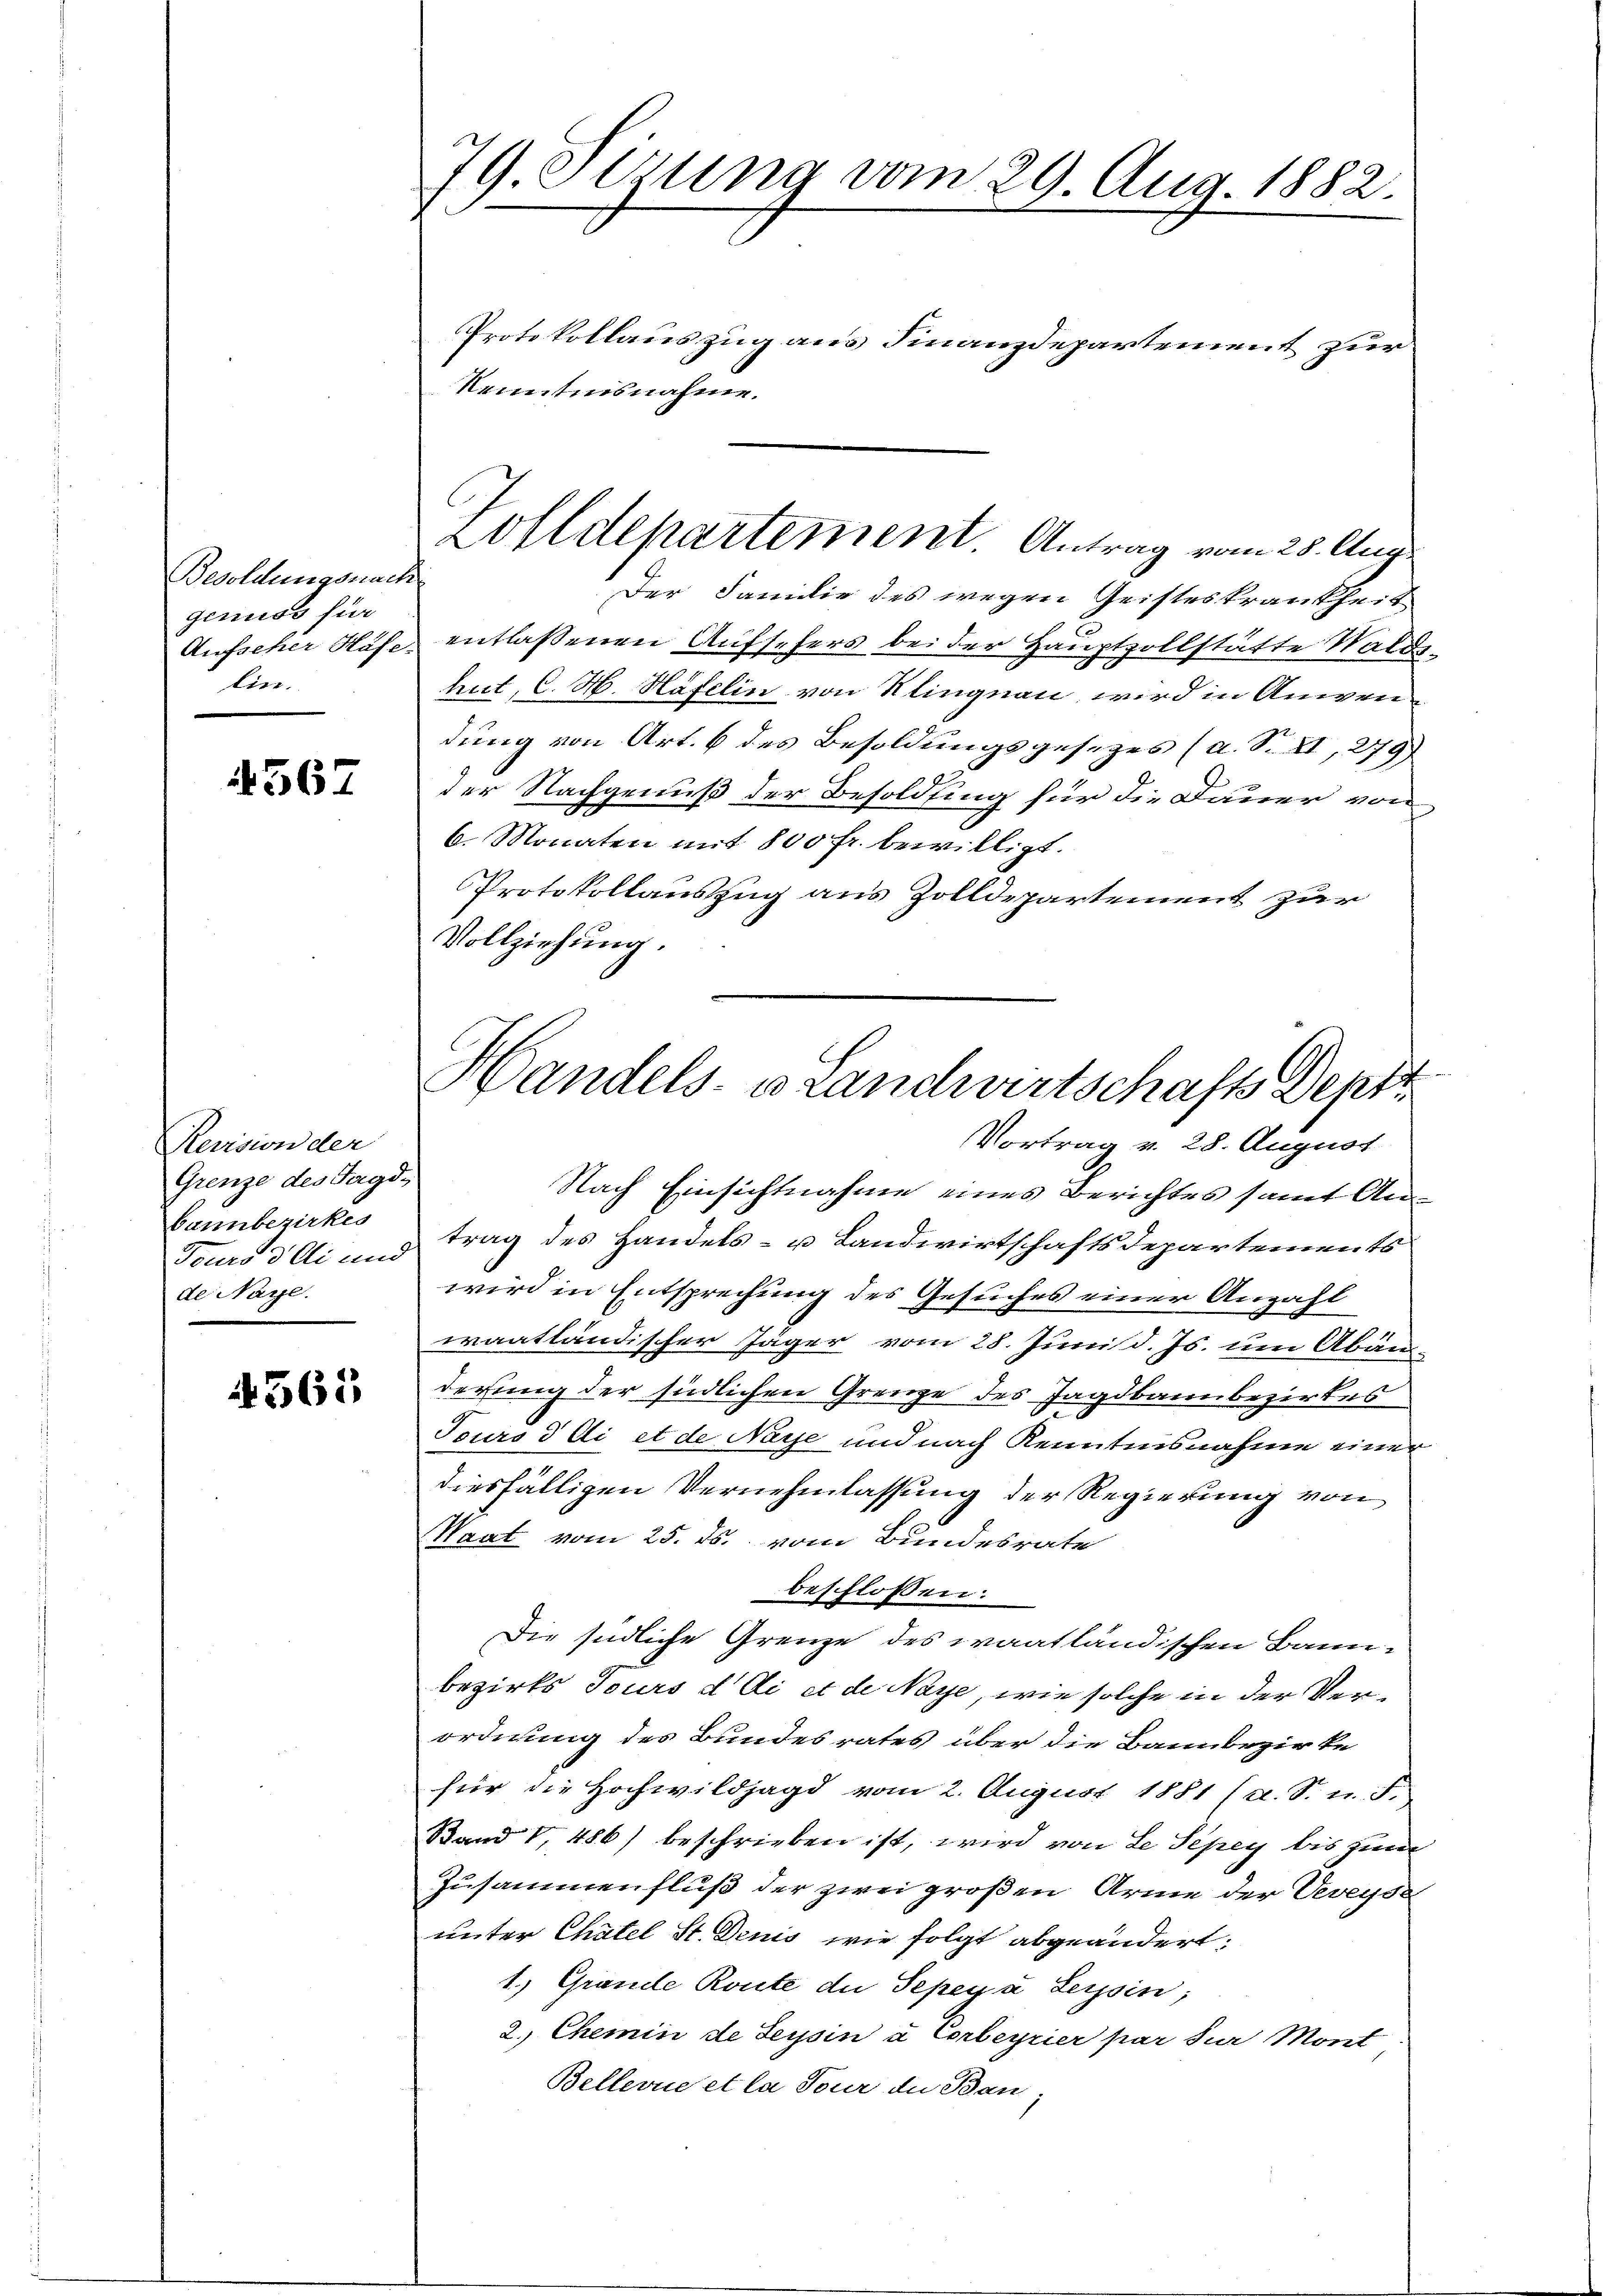
Besoldungsnach
genuss für
Aufscher Häfe-
lin.

4567

Revision der
Grenze des Jagd-
bannbezirkes
Tours di und
de Naye.

4565

79 Sizung vom 29. Aug. 1882.
Protokollauszug aus Finanzdepartement zur
Renntnisnahme.

Der Familie des wegen Geisteskrankheit
entlassenen Aufsehers bei der Hauptzollstätte Wald
hut, C. H. Häfelin von Klingnau, wird in Anwen
dung von Art. 6 des Besoldungsgesetzes (a. S. II, 279)
der Nachgenuß der Besolding für die Dauer von
6. Monaten mit 800 fr. bewilligt.
Protokollauszug aus Zolldepartement zur
Vollziehung.
Vortrag v. 28. August
Nach Einsichtnahme eines Berichtes samt Antrag des Handels- u Landwirtschaftsdepartements
wird in Entsprechung des Gesuches einer Anzahl
waatländischer Jäger vom 28. Juni d. Js. um Abän
derung der südlichen Grenze des Jagdbannbezirkes
Tours d. di et de Naye und nach Kenntnisnahme einer
diesfälligen Vernehmlassung der Regierung von
Waat vom 25. ds. vom Bundesrate
beschlossen:
Die Endliche Grenze des waatländischen Bannbezirks Tours d. di et de Naye, wie solche in der Verordnung des Bundesrates über die Bannbezirke
für die Hochwildjagd vom 2. August 1881 (a. S. u. S.
Stand I 486) beschrieben ist, wird von Le Sepey bis zum
Zusammenfluß der zwei großen Arme der Veveyse
unter Chatel St. Denis wie folgt abgeändert.
1.) Grande Route der Seper u Leysin;
2. Chemin de Seysin u. Corbeyrier par der Mont
Bellerne et la Four der Ban;

Zolldepartement Antrag vom 25. Aug.

Handels u. Landwirtschafts Dept